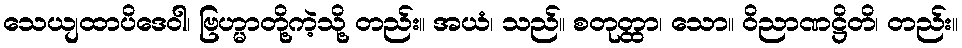
သေယျထာပိဒေဝါ၊ ဗြဟ္မာတို့ကဲ့သို့ တည်း။ အယံ၊ သည်။ စတုတ္ထာ၊ သော။ ဝိညာဏဋ္ဌိတိ၊ တည်း။